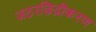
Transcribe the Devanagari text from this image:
जठरछिद्रीकरण